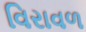
વિરાવળ